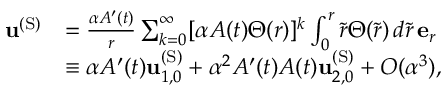
\begin{array} { r l } { \mathbf { u } ^ { \mathrm { ( S ) } } } & { = \frac { \alpha A ^ { \prime } ( t ) } { r } \sum _ { k = 0 } ^ { \infty } [ \alpha A ( t ) \Theta ( r ) ] ^ { k } \int _ { 0 } ^ { r } \tilde { r } \Theta ( \tilde { r } ) \, d \tilde { r } \, \mathbf { e } _ { r } } \\ & { \equiv \alpha A ^ { \prime } ( t ) \mathbf { u } _ { 1 , 0 } ^ { \mathrm { ( S ) } } + \alpha ^ { 2 } A ^ { \prime } ( t ) A ( t ) \mathbf { u } _ { 2 , 0 } ^ { \mathrm { ( S ) } } + O ( \alpha ^ { 3 } ) , } \end{array}